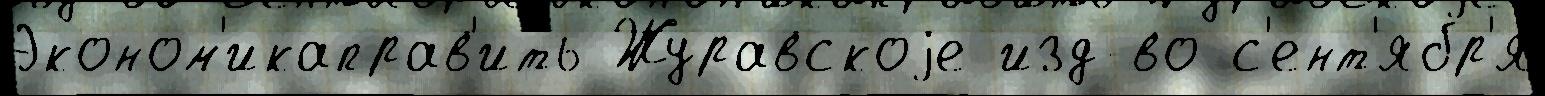
Эконом'икаправ'ить Журавскоjе изд-во с'ент'ябр'я́